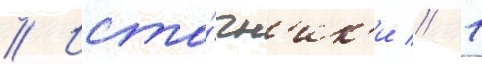
// Исто́чн'ик'и // 1